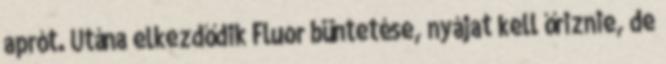
aprót. Utána elkezdődik Fluor büntetése, nyájat kell őriznie, de